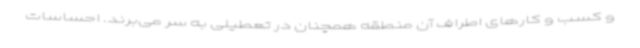
و کسب و کارهای اطراف آن منطقه همچنان در تعطیلی به سر می‌برند. احساسات